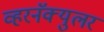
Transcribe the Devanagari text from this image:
व्हरनॅक्युलर